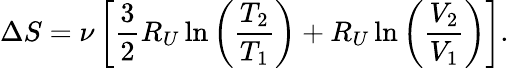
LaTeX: \Delta S=\nu\left[\frac{3}{2}R_{U}\ln\left(\frac{T_{2}}{T_{1}}\right)+R_{U}\ln\left(\frac{V_{2}}{V_{1}}\right)\right].